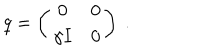
q = \left( \begin{matrix} { { 0 } } & { { 0 } } \\ { { \gamma I } } & { { 0 } } \\ \end{matrix} \right) ~ .